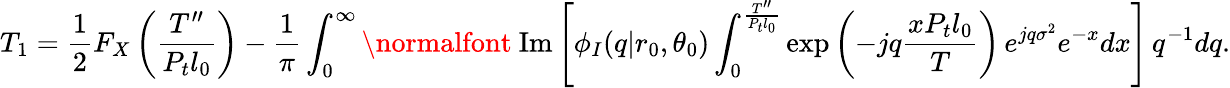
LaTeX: T_{1}=\frac{1}{2}F_{X}\left(\frac{T^{\prime\prime}}{P_{t}l_{0}}\right)-\frac{1}{\pi}\int_{0}^{\infty}\mathrm{\normalfont~Im}\left[\phi_{I}(q|r_{0},\theta_{0})\int_{0}^{\frac{T^{\prime\prime}}{P_{t}l_{0}}}\exp\left(-jq\frac{xP_{t}l_{0}}{T}\right)\, e^{jq\sigma^{2}}e^{-x}dx\right]\, q^{-1}dq.